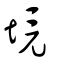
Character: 境